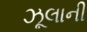
ઝૂલાની